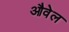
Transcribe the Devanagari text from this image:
औवेल